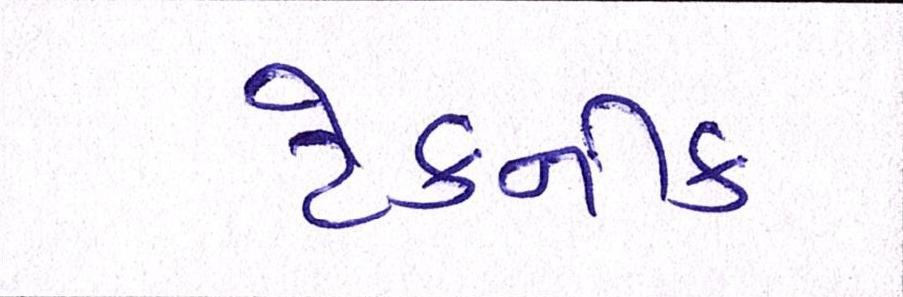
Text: ટેકનીક